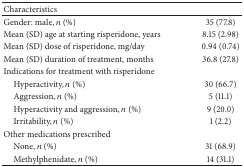
<table><thead><tr><td><b>Characteristics</b></td><td><b> </b></td></tr></thead><tbody><tr><td>Gender: male, <i>n</i> (%) </td><td>35 (77.8)</td></tr><tr><td>Mean (SD) age at starting risperidone, years </td><td>8.15 (2.98)</td></tr><tr><td>Mean (SD) dose of risperidone, mg/day </td><td>0.94 (0.74)</td></tr><tr><td>Mean (SD) duration of treatment, months </td><td>36.8 (27.8)</td></tr><tr><td>Indications for treatment with risperidone</td><td> </td></tr><tr><td> Hyperactivity, <i>n</i> (%)</td><td>30 (66.7)</td></tr><tr><td> Aggression, <i>n</i> (%)</td><td>5 (11.1)</td></tr><tr><td> Hyperactivity and aggression, <i>n</i> (%)</td><td>9 (20.0)</td></tr><tr><td> Irritability, <i>n</i> (%)</td><td>1 (2.2)</td></tr><tr><td>Other medications prescribed </td><td> </td></tr><tr><td> None, <i>n</i> (%)</td><td>31 (68.9)</td></tr><tr><td> Methylphenidate, <i>n</i> (%)</td><td>14 (31.1)</td></tr></tbody></table>